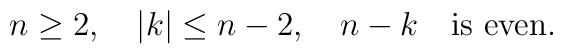
n\geq2,\quad|k|\leq n-2,\quad n-k\mbox\quad\mbox{is even}.